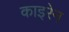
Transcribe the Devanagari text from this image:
काइरेन